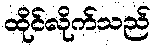
ထိုင်လိုက်သည်